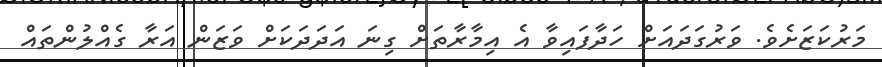
މަރުކަޒަށެވެ. ވަރުގަދައަށް ހަދާފައިވާ އެ އިމާރާތަށް ގިނަ އަދަދަކަށް ވަޒަން އަރާ ގެއްލުންތައް